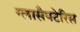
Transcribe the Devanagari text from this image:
ग्लासैपटेरिस